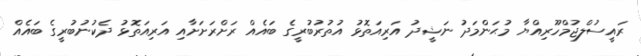
ރައީސުލްޖުމްހޫރިއްޔާ މުޙަންމަދު ނަޝީދު އަރިއަތޮޅު އުތުރުބުރީގެ ބައެއް ރަށްރަށަށާއި އަރިއަތޮޅު ދެކުނުބުރީގެ ބައެއް